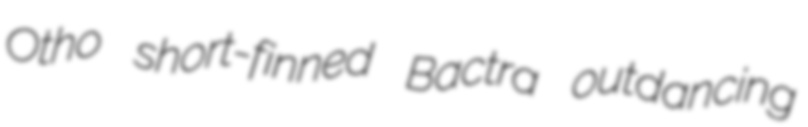
Otho short-finned Bactra outdancing